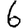
Digit: 6